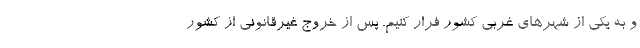
و به یکی از شهرهای غربی کشور فرار کنیم. پس از خروج غیرقانونی از کشور